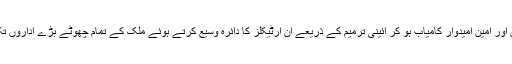
لا محالہ یہ صادق اور امین امیدوار کامیاب ہو کر آئینی ترمیم کے ذریعے ان آرٹیکلز کا دائرہ وسیع کرتے ہوئے ملک کے تمام چھوٹے بڑے اداروں تک پھیلا دیں گے ۔